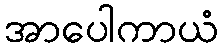
အာပေါကာယံ